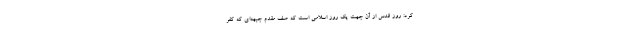
کرد: روز قدس از آن جهت یک روز اسلامی است که صف مقدم جبهه‌ای که کفر